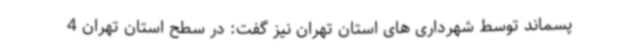
پسماند توسط شهرداری های استان تهران نیز گفت: در سطح استان تهران 4